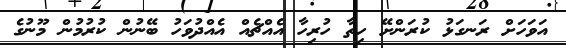
އަވަހަށް ރަނގަޅު ކުރަންށޭ ހިތާ ހުރިހާ އެއްޗެއް އެއްދުވަހު ބޭނުން ކުރުމުން މޫނުގެ